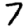
Digit: 7